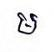
ម